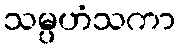
သမ္ပဟံသကာ